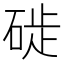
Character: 𥓢